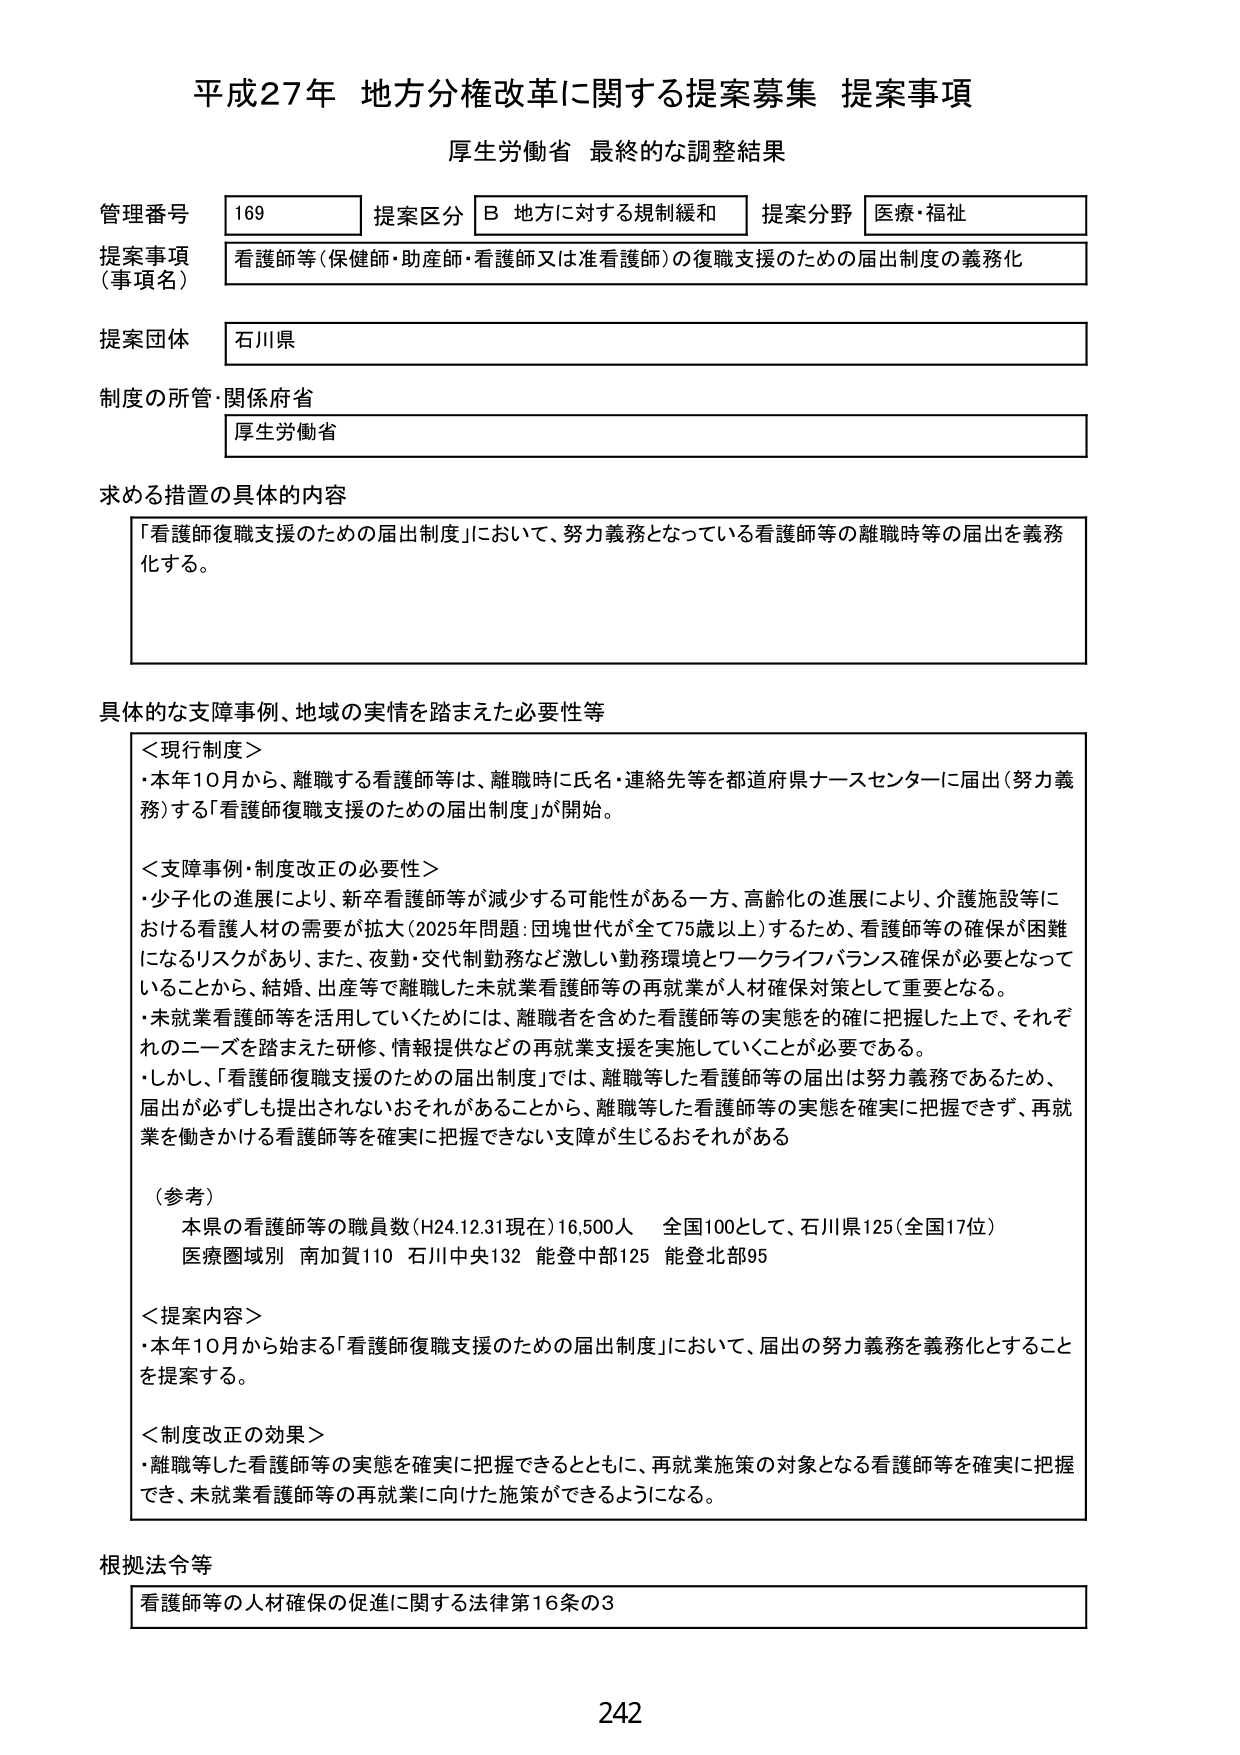
平成27年 地方分権改革に関する提案募集 提案事項
厚生労働省 最終的な調整結果

管理番号 169 提案区分 B 地方に対する規制緩和 提案分野 医療・福祉
提案事項（事項名） 看護師等（保健師・助産師・看護師又は准看護師）の復職支援のための届出制度の義務化
提案団体 石川県
制度の所管・関係府省 厚生労働省

求める措置の具体的内容
「看護師復職支援のための届出制度」において、努力義務となっている看護師等の離職時等の届出を義務化する。

具体的な支障事例、地域の実情を踏まえた必要性等
＜現行制度＞
・本年10月から、離職する看護師等は、離職時に氏名・連絡先等を都道府県ナースセンターに届出（努力義務）する「看護師復職支援のための届出制度」が開始。

＜支障事例・制度改正の必要性＞
・少子化の進展により、新卒看護師等が減少する可能性がある一方、高齢化の進展により、介護施設等における看護人材の需要が拡大（2025年問題：団塊世代が全て75歳以上）するため、看護師等の確保が困難になるリスクがあり、また、夜勤・交代制勤務など激しい勤務環境とワークライフバランス確保が必要となっていることから、結婚、出産等で離職した未就業看護師等の再就業が人材確保対策として重要となる。
・未就業看護師等を活用していくために、離職者を含めた看護師等の実態を確に把握した上で、それぞれのニーズを踏まえた研修、情報提供などの再就業支援を実施していくことが必要である。
・しかし、「看護師復職支援のための届出制度」では、離職等した看護師等の届出は努力義務であるため、届出が必ずしも提出されないおそれがあることから、離職等した看護師等の実態を確実に把握できず、再就業を働きかける看護師等を確実に把握できない支障が生じるおそれがある

（参考）
本県の看護師等の職員数（H24.12.31現在）16,500人 全国100として、石川県125（全国17位）
医療圏域別 南加賀110 石川中央132 能登中部125 能登北部95

＜提案内容＞
・本年10月から始まる「看護師復職支援のための届出制度」において、届出の努力義務を義務化することを提案する。

＜制度改正の効果＞
・離職等した看護師等の実態を確実に把握できるとともに、再就業施策の対象となる看護師等を確実に把握でき、未就業看護師等の再就業に向けた施策ができるようになる。

根拠法令等
看護師等の人材確保の促進に関する法律第16条の3

242